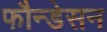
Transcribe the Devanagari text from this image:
फौन्डेसन